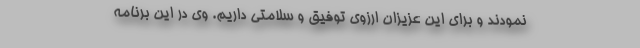
نمودند و برای این عزیزان ارزوی توفیق و سلامتی داریم. وی در این برنامه